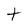
Character: t